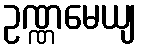
ဥဏ္ဏမေယျ